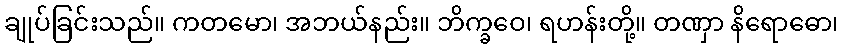
ချုပ်ခြင်းသည်။ ကတမော၊ အဘယ်နည်း။ ဘိက္ခဝေ၊ ရဟန်းတို့။ တဏှာ နိရောဓော၊